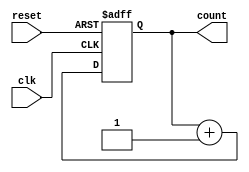

//4bit counter with asynchronus reset
module couter4bit(clk,reset,count);
input clk,reset;
output reg [3:0]count;

always @(posedge clk or posedge reset)
begin
if(reset)
  count<=4'b0000;
  else
  count<=count+1;
  end
  endmodule